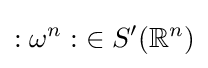
{:\omega ^{n}:}\in S'(\mathbb {R} ^{n})